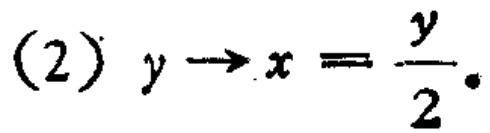
(2) \(y\rightarrow x = \frac{y}{2}\)